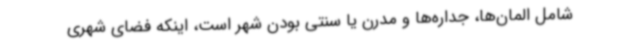
شامل المان‌ها، جداره‌ها و مدرن یا سنتی بودن شهر است، اینکه فضای شهری